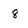
Character: 8